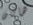
هاتان